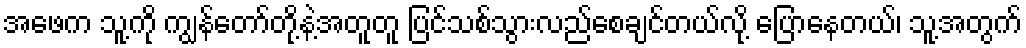
အဖေက သူ့ကို ကျွန်တော်တို့နဲ့အတူတူ ပြင်သစ်သွားလည်စေချင်တယ်လို့ ပြောနေတယ်၊ သူ့အတွက်